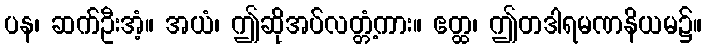
ပန၊ ဆက်ဦးအံ့။ အယံ၊ ဤဆိုအပ်လတ္တံ့ကား။ ဧတ္ထ၊ ဤတဒါရမဏနိယမ၌။